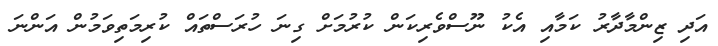
އަދި ޒިންމާދާރު ކަމާއި އެކު ނޫސްވެރިކަން ކުރުމަށް ގިނަ ހުރަސްތައް ކުރިމަތިވަމުން އަންނަ